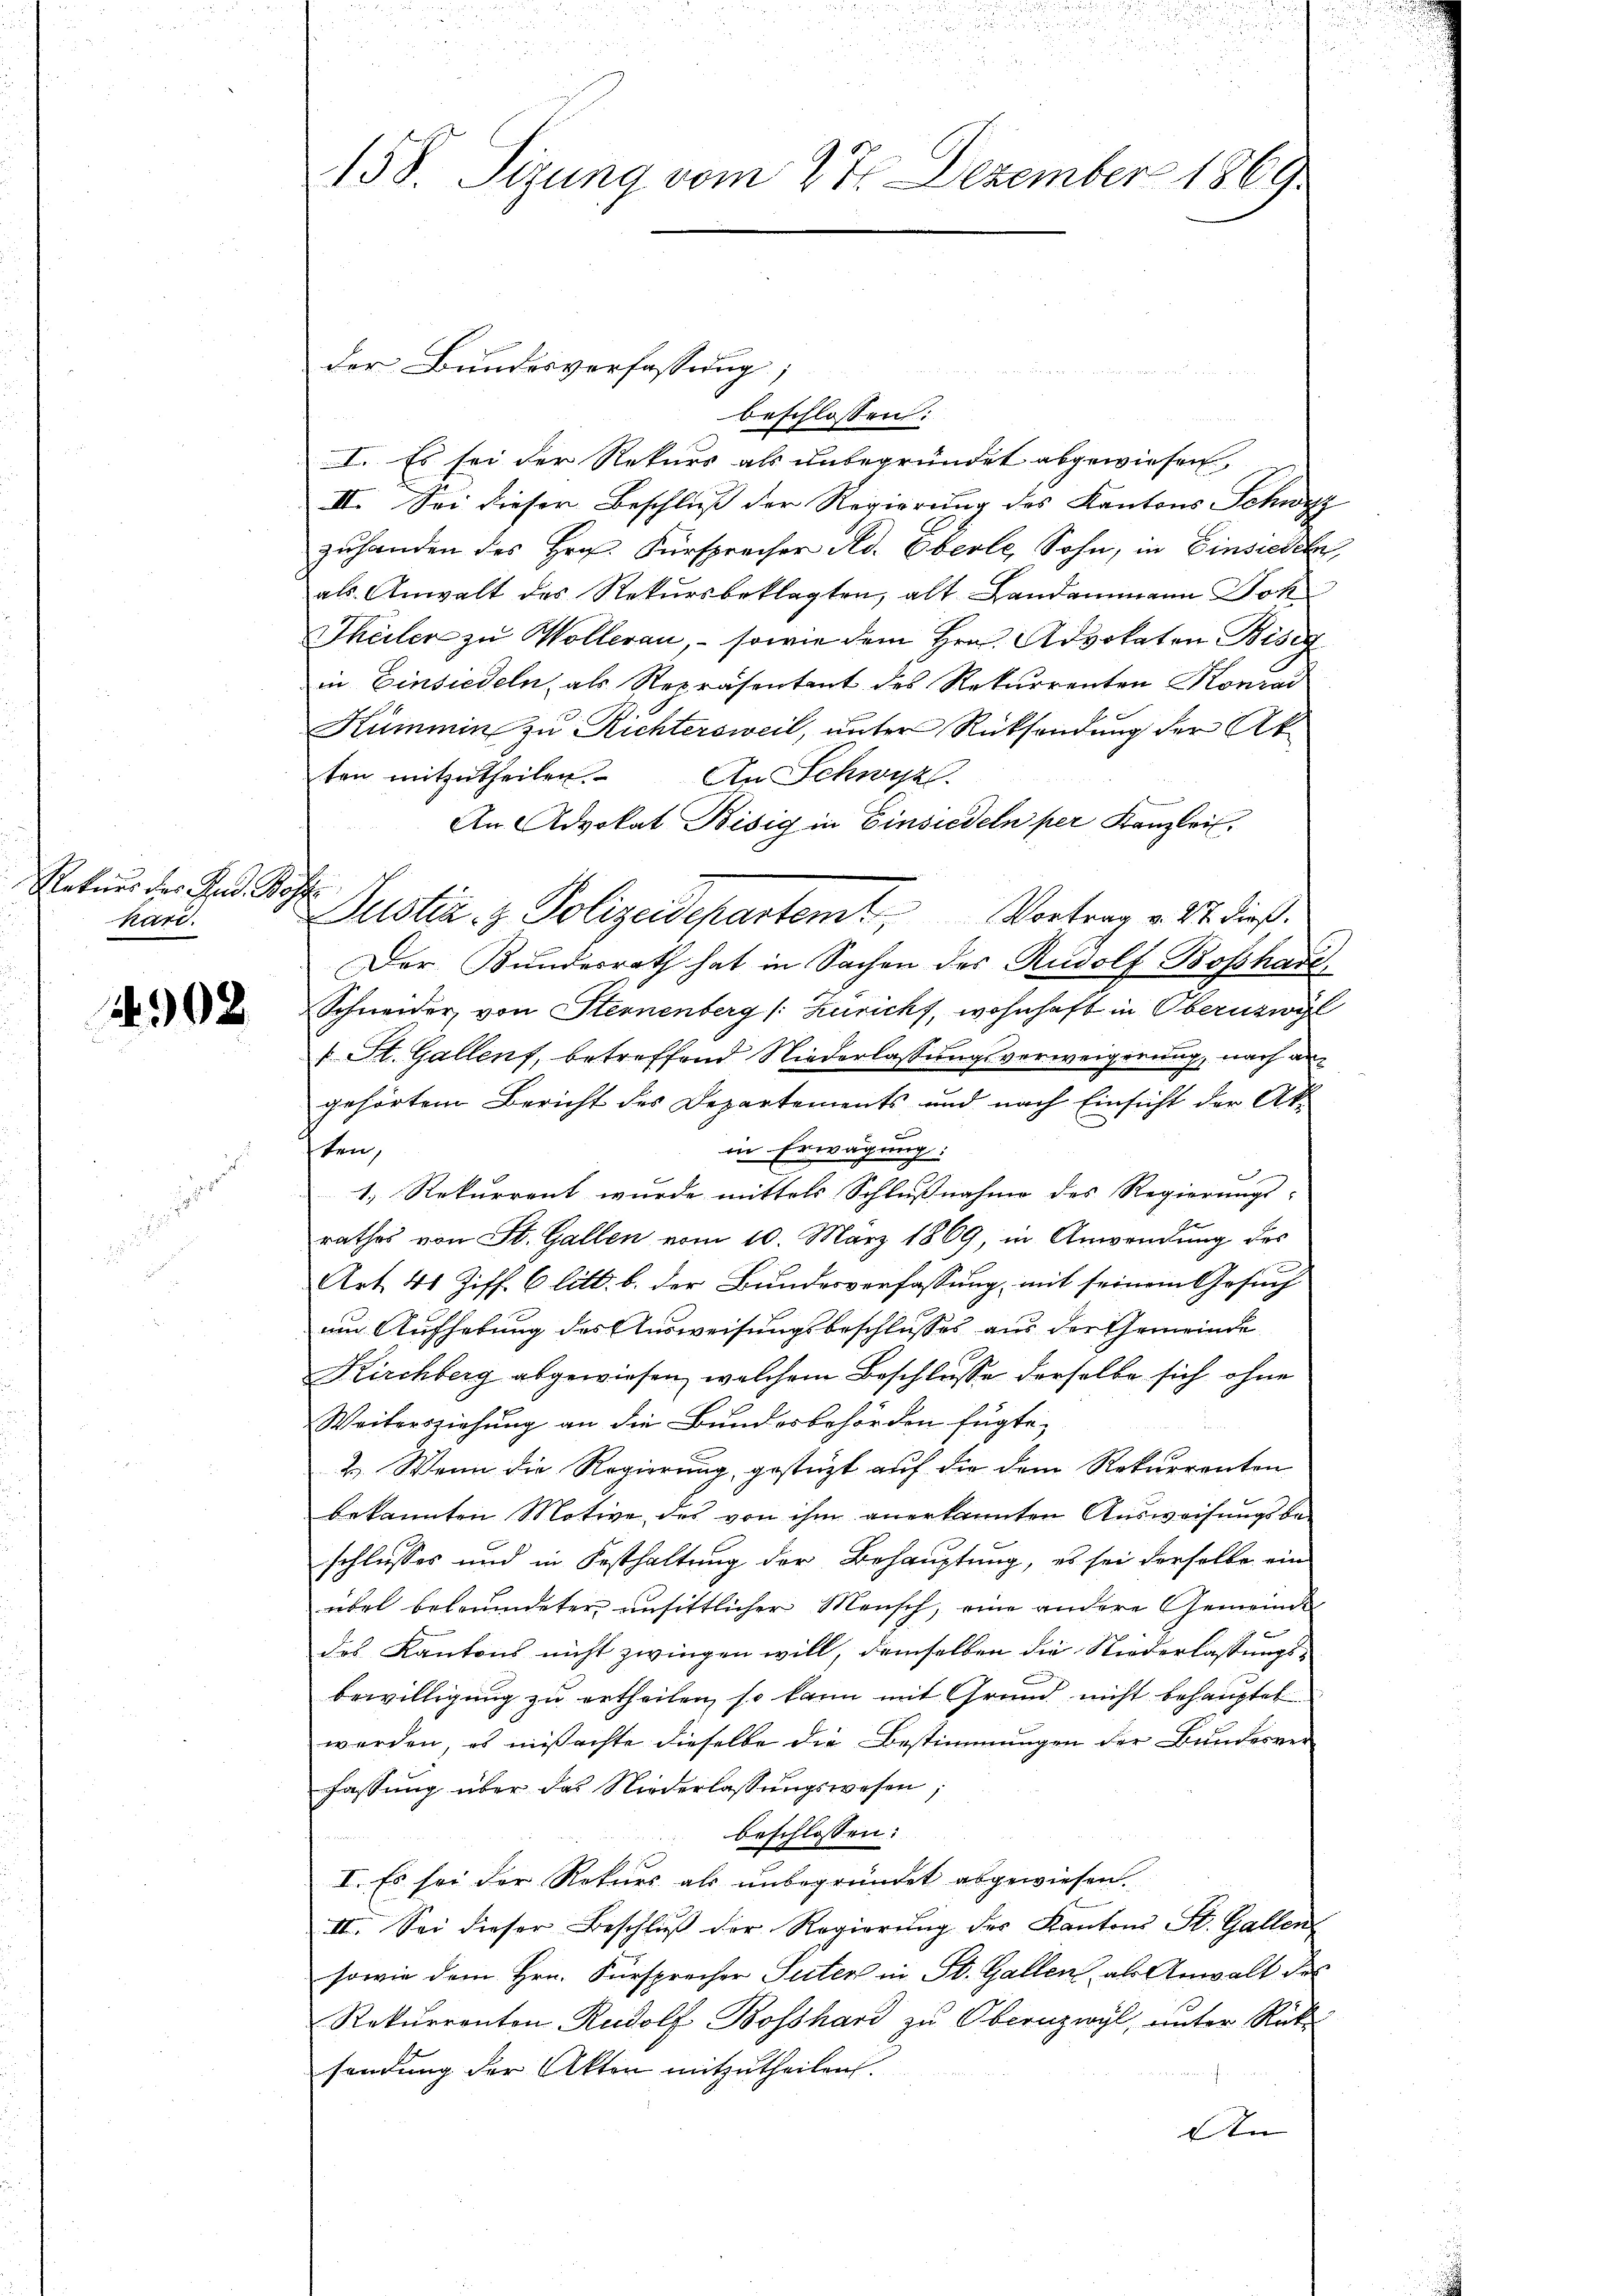
Rekurs des Ges. Bog
1000.

1902

158. Sizung vom 27. Dezember 1869

u
beschlossen:
I. Es sei der Rekurs als unbegründet abgewiesen
III. Sei dieser Beschluß der Regierung des Kantons Schwyz
zuhanden des Hrn. Fürsprecher Ad. Oberle, Sohn, in Einsiedeln,
als Anwalt des Rekursbeklagten, alt Landammann Jok
Theiler zu Wollerau, – sowie dem Hrn. Advokaten Bise
in Einsiedeln, als Repräsentant des Rekurrenten Konrad
Kümmin zu Richtersweil, unter Rücksendung der Akten mitzutheilen.
An Schwyz.
An Advokat Bisig in Einsiedeln per Kanzlei.
Justiz- & Polizeidepartemt Vortrag v. 27. dieß.
Der Bundesrath hat in Sachen des Rudolf Bosshade,
Schneider, von Sternenberg (: Züricht, wohnhaft in Obernzwyl
1 St. Gallens, betreffend Niederlassungsverweigerung, nach an
gehörtem Bericht des Departements und nach Einsicht der Akin Erwägung:
sten,
c
1.) Rekurrent wurde mittels Schlussnahme des Regierungs- |
rathes von St. Gallen vom 10. März 1869, in Anwendung des
Art. 41 Ziff. 6 litt. b. der Bundesverfassung mit seinem Gesuch
um Aufhebung des Ausweisungsbeschlusses aus der Gemeinde
Kirchberg abgewiesen, welchem Beschlusse derselbe sich ohne
Weitersziehung an die Bundesbehörden fügte,
2.) Wenn die Regierung, gestüzt auf die dem Rekurrenten
bekannten Motive des von ihm anerkannten Ausweisungsbe-
schlusses und in Festhaltung der Behauptung, es sei derselbe ein
übel beleumdeter unsittlicher Mensch, eine andere Gemeinde
des Kantons nicht zwingen will, demselben die Niederlassungs-
bewilligung zu ertheilen, so kann mit Grund nicht behauptet
werden, es mißachte dieselbe die Bestimmungen der Bundesver
fassung über das Niederlassungswesen;
beschlossen:
I. Es sei der Rekurs als unbegründet abgewiesen.
II. Sei dieser Beschluß der Regierŭng des Kantons St. Gallen
sowie dem Hrn. Fürsprecher Suter in St. Gallen, als Anwalt des
Rekurrenton Rudolf Boßhard zu Obernzwyl, unter Rücke
sendung der Akten mitzutheilen.
An

f

der Bundesverfassung,